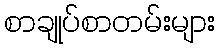
စာချုပ်စာတမ်းများ